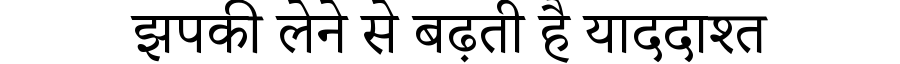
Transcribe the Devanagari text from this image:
झपकी लेने से बढ़ती है याददाश्त